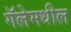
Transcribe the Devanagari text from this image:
गॅलेमधील